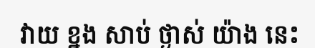
វាយ ខ្នង សាប់ ថ្ងាស់ យ៉ាង នេះ